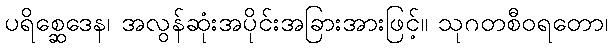
ပရိစ္ဆေဒေန၊ အလွန်ဆုံးအပိုင်းအခြားအားဖြင့်။ သုဂတစီဝရတော၊